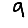
Digit: 9